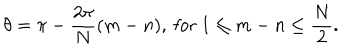
\theta = \pi - \frac { 2 \pi } { N } ( m - n ) , \ \mathrm { f o r } \ 1 \leq m - n \leq \frac { N } { 2 } .